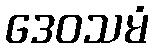
ဒေဝသမံ